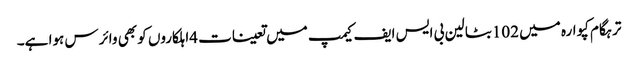
ترہگام کپوارہ میں 102بٹالین بی ایس ایف کیمپ میں تعینات 4اہلکاروں کو بھی وائرس ہوا ہے۔